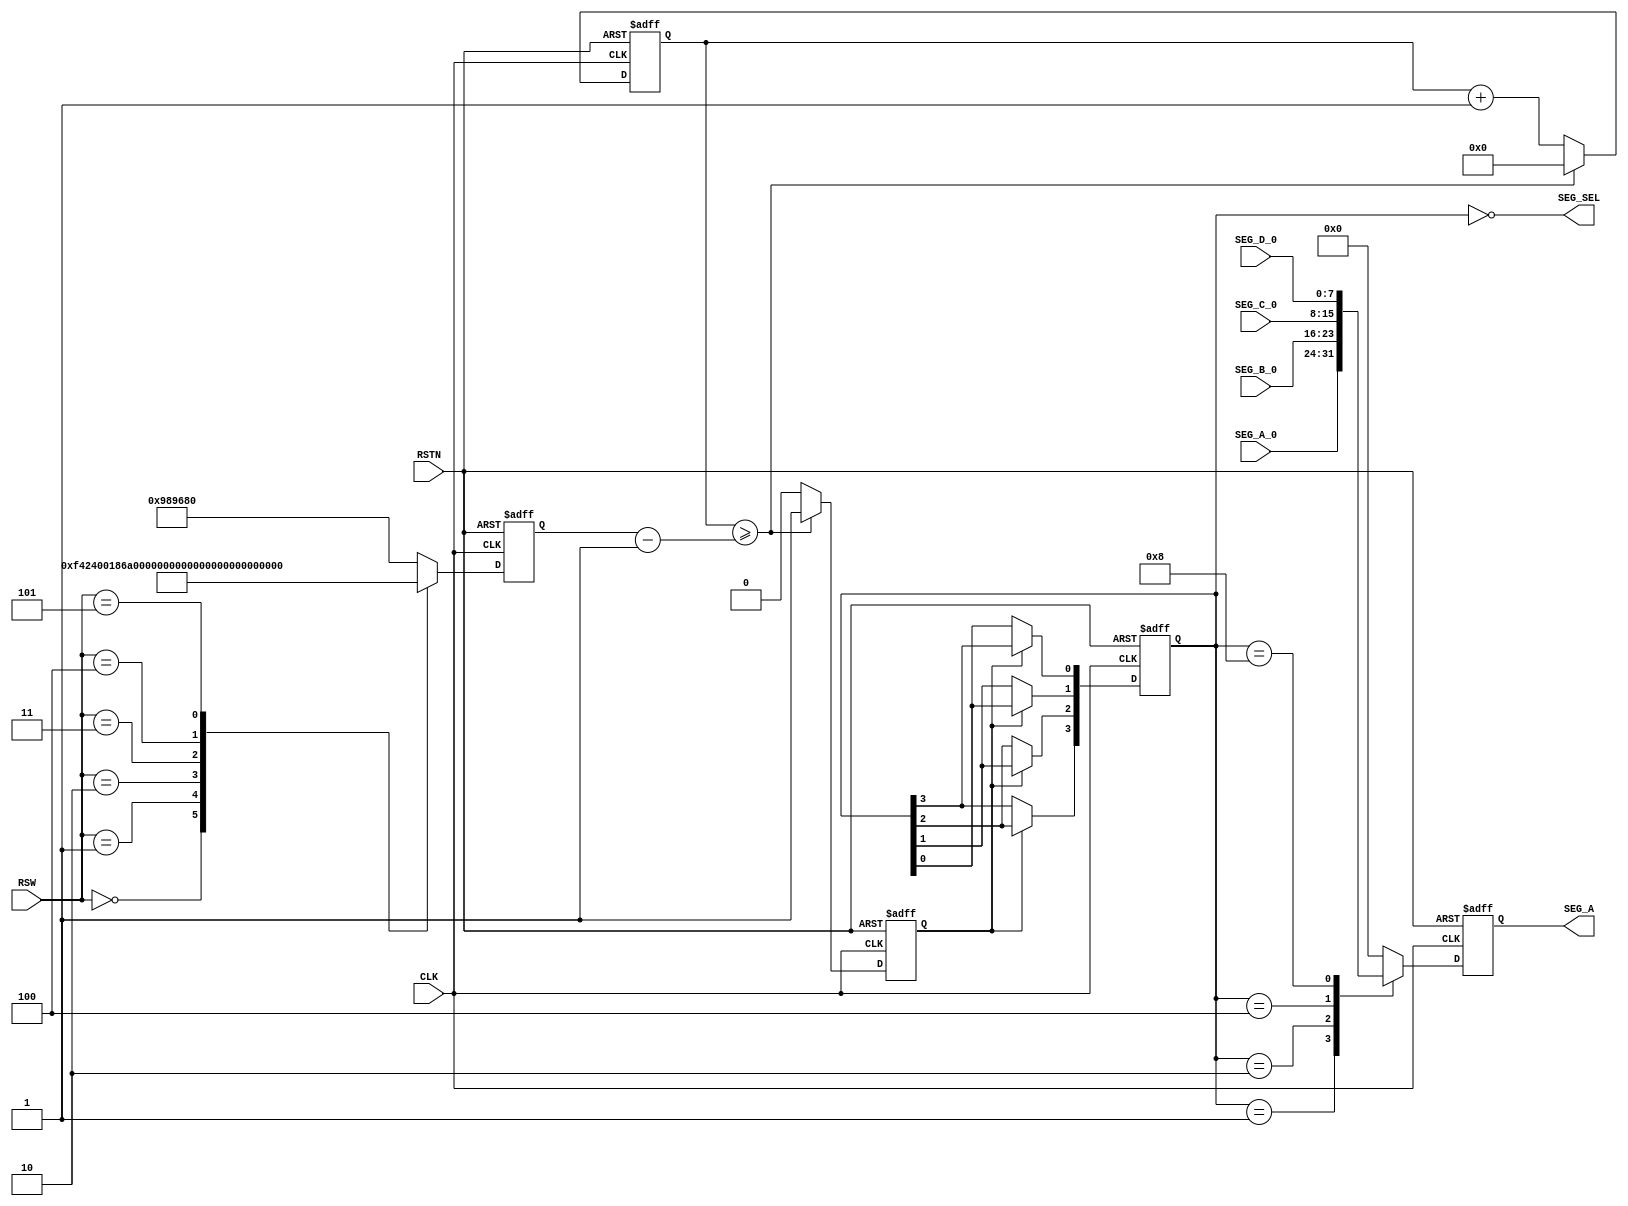
/*------------------------------------------------------------------------------
--      File Name = dynamic_display.v                                         --
--                                                                            --
--      Design    = 7SEG dynamic Dispaly                                      --
--                                                                            --
--      Revision  = 1.0         Date: 2011.11.9                               --
------------------------------------------------------------------------------*/
module dynamic_display(
		// input
		CLK,
		RSTN,
		RSW,
		SEG_A_0,
		SEG_B_0,
		SEG_C_0,
		SEG_D_0,

		// output
		SEG_A,
                //11.11.29del
		//SEG_B,
		//SEG_C,
		//SEG_D
		SEG_SEL
);

// ------ input --------------------------------------------
input  	CLK;		// System Clock
input  	RSTN;		// System Reset
input  	[3:0] RSW;	// ROTARY SW
input  	[7:0] SEG_A_0,SEG_B_0,SEG_C_0,SEG_D_0;	// 7SEG Value

// ------ output -------------------------------------------
      //2011.11.29del
//output [7:0] SEG_A,SEG_B,SEG_C,SEG_D;		// 7SEG Display
output [7:0] SEG_A;				// 7SEG Display
output [3:0] SEG_SEL;				//11.11.28 add

// ------ wire ----------------------------------------------
reg    [7:0] SEG_A,SEG_B,SEG_C,SEG_D;		// 7SEG Display Wire


//--- reg ----------------------------------------------------------------------
reg [23:0] DEF_COUNT;
reg [23:0] SEC_COUNT;
reg [3:0]  GATE;
reg SEC_SIG;

wire [3:0] SEG_SEL;

	always@( posedge CLK or negedge RSTN ) begin
	  	if( !RSTN )begin
	    	DEF_COUNT <= 24'd10000000;
		end
		else begin
	    	case( RSW )
	      		4'd0: DEF_COUNT <= 24'd1000000; //100msec
	      		4'd1: DEF_COUNT <= 24'd100000;  // 10msec
	      		4'd2: DEF_COUNT <= 24'd10000;   //  1msec
	      		4'd3: DEF_COUNT <= 24'd1000;    //100usec
	      		4'd4: DEF_COUNT <= 24'd100;     // 10usec
	      		4'd5: DEF_COUNT <= 24'd10;      //  1usec
                    default: DEF_COUNT <= 24'd10000000; //1sec
			endcase
		end
	end


	always@( posedge CLK or negedge RSTN) begin
  		if( !RSTN )begin
    		SEC_COUNT <= 24'd0;
		end
		else if( SEC_COUNT >= DEF_COUNT - 24'd1)begin
			SEC_COUNT <= 24'd0;
		end
  		else begin
    		SEC_COUNT <= SEC_COUNT + 24'd1;
		end
	end

	always@( posedge CLK or negedge RSTN) begin
		if( !RSTN )begin
    		SEC_SIG <= 1'b0;
		end
  		else if( SEC_COUNT >= DEF_COUNT - 24'd1 )begin
    		SEC_SIG <= 1'b1;
		end
  		else begin
   	 		SEC_SIG <= 1'b0;
		end
	end

	always@( posedge CLK or negedge RSTN) begin
		if( !RSTN )begin
    		GATE <= 4'b0001;
		end
  		else if( SEC_SIG == 1'b1 )begin
    		GATE[0] <= GATE[3];
    		GATE[1] <= GATE[0];
    		GATE[2] <= GATE[1];
    		GATE[3] <= GATE[2];
		end
  		else begin
   	 		GATE <= GATE;
		end
	end


	always@( posedge CLK or negedge RSTN ) begin
	  	if( !RSTN )begin
	    	SEG_A <= 8'd0;
		end
		else begin
	    	case( GATE )
	      		4'd1: begin
  	    			SEG_A <= SEG_A_0;
			      end
	      		4'd2: begin
  	    			SEG_A <= SEG_B_0;
			      end
	      		4'd4: begin
  	    			SEG_A <= SEG_C_0;
			      end
	      		4'd8: begin
  	    			SEG_A <= SEG_D_0;
			      end
                    default: begin
			    	SEG_A <= 8'd0;
			      end

			endcase
		end
	end

assign  SEG_SEL = ~GATE;

endmodule